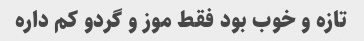
تازه و خوب بود فقط موز و گردو کم داره